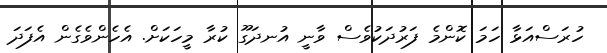
ހުރަސްއަޅާ ހަމަ ކޮންމެ ފަރުދަކުވެސް ވާނީ އުނދަގޫ ކުރާ މީހަކަށް. އެހެންވެގެން އެފަދަ